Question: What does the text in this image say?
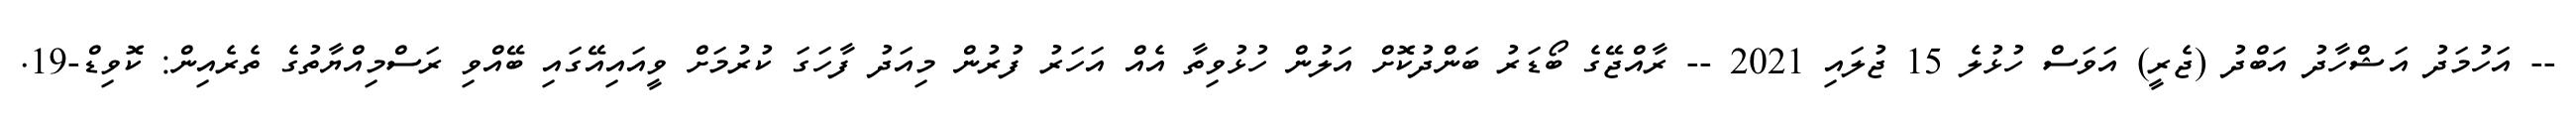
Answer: -- އަހުމަދު އަޝްހާދު އަބްދު (ޖެރީ) އަވަސް ހުޅުލެ 15 ޖުލައި 2021 -- ރާއްޖޭގެ ބޯޑަރު ބަންދުކޮށް އަލުން ހުޅުވިތާ އެއް އަހަރު ފުރުން މިއަދު ފާހަގަ ކުރުމަށް ވީއައިއޭގައި ބޭއްވި ރަސްމިއްޔާތުގެ ތެރެއިން: ކޮވިޑް-19.